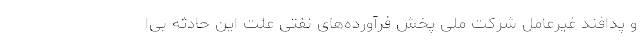
و پدافند غیرعامل شرکت ملی پخش فرآورده‌های نفتی علت این حادثه بی‌ا